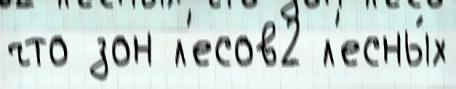
что зон л'есов2 л'есны́х